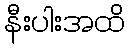
နီးပါးအထိ